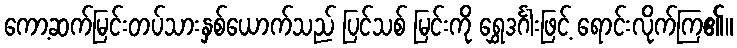
ကော့ဆက်မြင်းတပ်သားနှစ်ယောက်သည် ပြင်သစ် မြင်းကို ရွှေဒင်္ဂါးဖြင့် ရောင်းလိုက်ကြ၏။